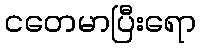
ငတေမာပြီးရော